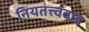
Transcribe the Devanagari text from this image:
नियतत्त्ववाद